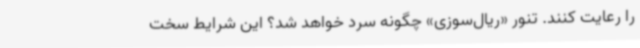
را رعایت کنند. تنور «ریال‌سوزی» چگونه سرد خواهد شد؟ این شرایط سخت